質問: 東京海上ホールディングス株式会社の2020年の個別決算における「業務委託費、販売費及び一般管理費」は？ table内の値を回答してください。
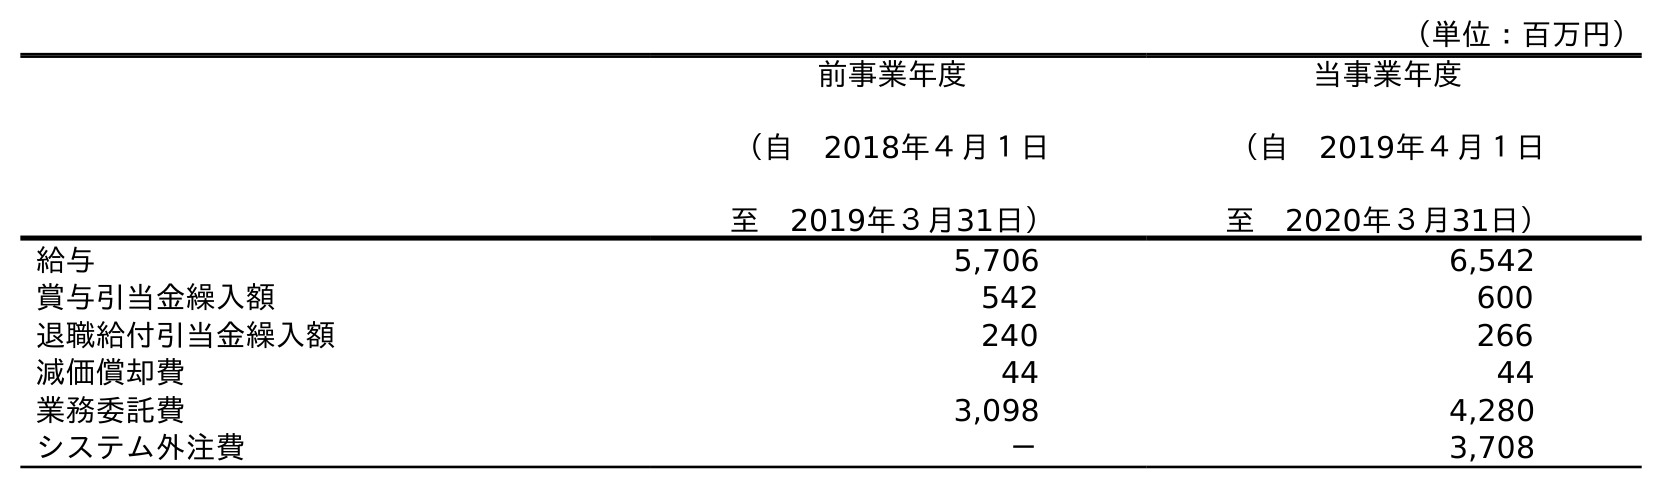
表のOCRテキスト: （単位：百万円） 前事業年度 （自 2018年４月１日 至 2019年３月31日） 当事業年度 （自 2019年４月１日 至 2020年３月31日） 給与 5,706 6,542 賞与引当金繰入額 542 600 退職給付引当金繰入額 240 266 減価償却費 44 44 業務委託費 3,098 4,280 システム外注費 － 3,708
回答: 4,280